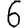
Digit: 6